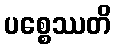
ပစ္စေဿတိ